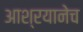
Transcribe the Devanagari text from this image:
आश्रयानेच